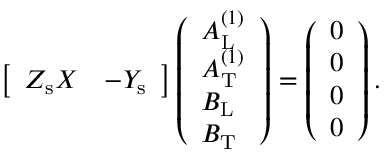
\begin{array} { r } { \left[ \begin{array} { l l } { Z _ { \mathrm { s } } X } & { - Y _ { \mathrm { s } } } \end{array} \right] \left( \begin{array} { l } { A _ { \mathrm { L } } ^ { ( 1 ) } } \\ { A _ { \mathrm { T } } ^ { ( 1 ) } } \\ { B _ { \mathrm { L } } } \\ { B _ { \mathrm { T } } } \end{array} \right) = \left( \begin{array} { l } { 0 } \\ { 0 } \\ { 0 } \\ { 0 } \end{array} \right) . } \end{array}